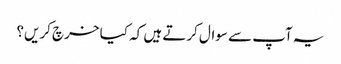
یہ آپ سے سوال کرتے ہیں کہ کیا خرچ کریں؟